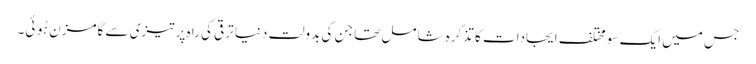
جس میں ایک سَو مختلف ایجادات کا تذکرہ شامل تھا جن کی بدولت دنیا ترقی کی راہ پر تیزی سے گامزن ہُوئی۔